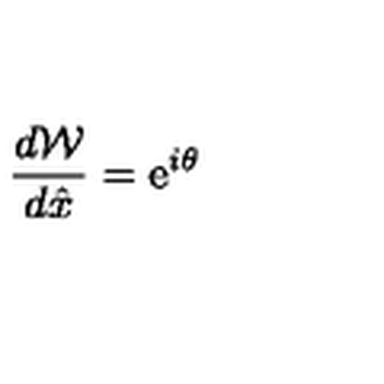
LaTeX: { \frac { d { \cal W } } { d \hat { x } } } = \mathrm { e } ^ { i \theta }